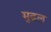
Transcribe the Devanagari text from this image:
मुद्रल